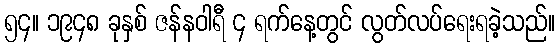
၅၄။ ၁၉၄၈ ခုနှစ် ဇန်နဝါရီ ၄ ရက်နေ့တွင် လွတ်လပ်ရေးရခဲ့သည်။